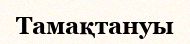
Тамақтануы